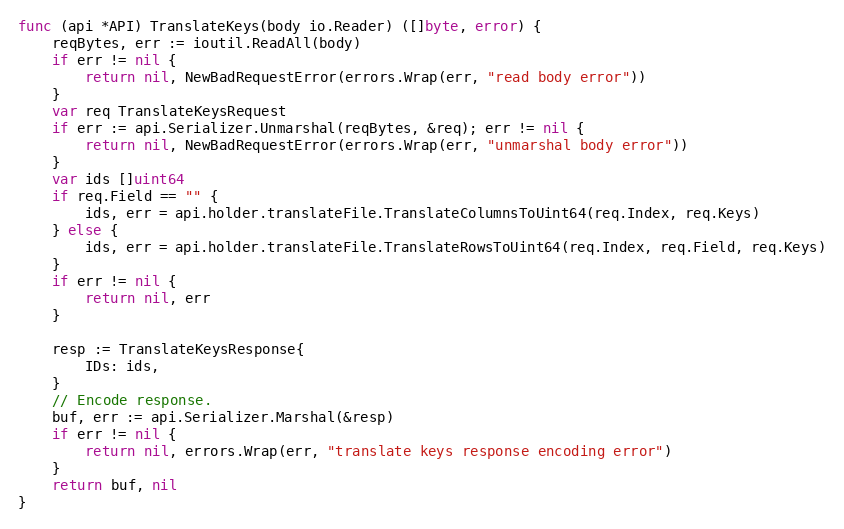
Language: Go
func (api *API) TranslateKeys(body io.Reader) ([]byte, error) {
	reqBytes, err := ioutil.ReadAll(body)
	if err != nil {
		return nil, NewBadRequestError(errors.Wrap(err, "read body error"))
	}
	var req TranslateKeysRequest
	if err := api.Serializer.Unmarshal(reqBytes, &req); err != nil {
		return nil, NewBadRequestError(errors.Wrap(err, "unmarshal body error"))
	}
	var ids []uint64
	if req.Field == "" {
		ids, err = api.holder.translateFile.TranslateColumnsToUint64(req.Index, req.Keys)
	} else {
		ids, err = api.holder.translateFile.TranslateRowsToUint64(req.Index, req.Field, req.Keys)
	}
	if err != nil {
		return nil, err
	}

	resp := TranslateKeysResponse{
		IDs: ids,
	}
	// Encode response.
	buf, err := api.Serializer.Marshal(&resp)
	if err != nil {
		return nil, errors.Wrap(err, "translate keys response encoding error")
	}
	return buf, nil
}